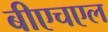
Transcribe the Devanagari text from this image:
बीएचएल